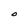
Character: O